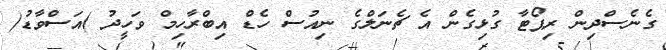
ގެނެސްދިން ރިޕޯޓާ ގުޅިގެން އެ ޗެނަލްގެ ނިއުސް ހެޑް އިބްރާހިމް ވަހީދު )އަސްވާޑު(